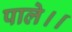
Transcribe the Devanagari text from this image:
पाले।।